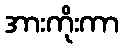
အားကိုးကာ